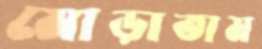
মোড়াতাম